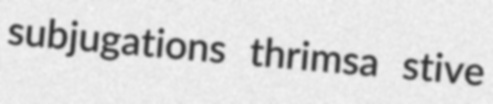
subjugations thrimsa stive